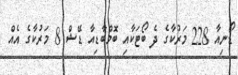
ޑޯނިއާ 228 މަރުކާގެ ދެ ބޯޓަކާއި ބޮމްބާޑިއާ ޑޭޝް 8 މަރުކާގެ އެއް